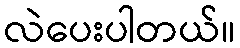
လဲပေးပါတယ်။